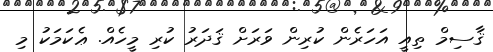
ޤާސިމް ތިއީ އަހަރެން ކުރިން ވަރަށް ޤަދަރު ކުރި މީހެއް. ޢެކަމަކު މި